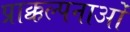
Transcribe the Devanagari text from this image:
प्राक्कल्पनाओं